Triennial report on the lunatic asylums in the province of Eastern Bengal and Assam - 1903-1911
Year: 1903
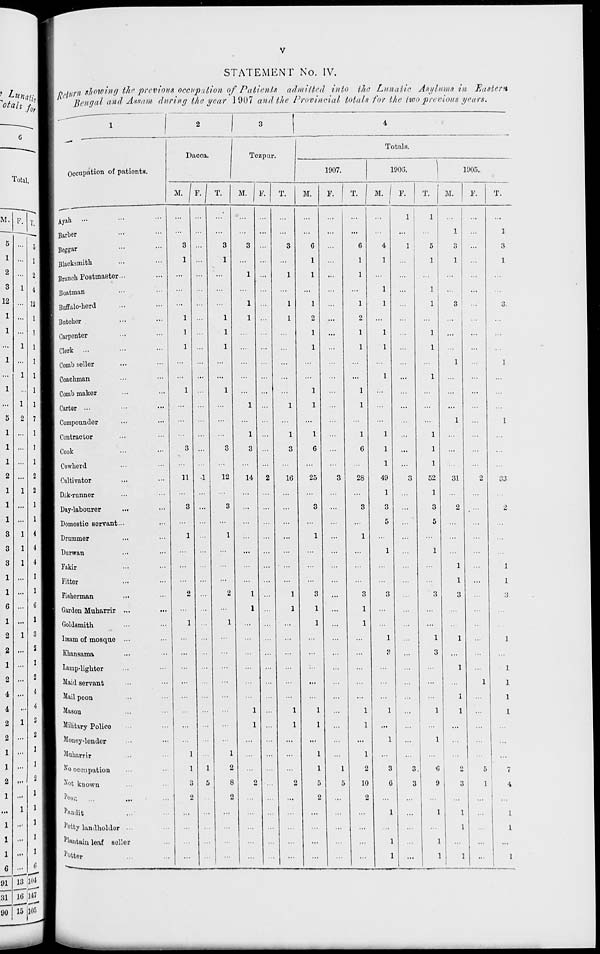
v
STATEMENT No. IV.
Return showing the previous occupation of Patients
admitted into the Lunatic Asylums in Eastern
Bengal and Assam during the year 1907 and the Provincial totals for the two previous years.
1
Occupation of patients.
Ayah ... ... ...
Barber ... ... ...
Beggar ... ... ...
Blacksmith ... ...
Branch Postmaster... ...
Boatman ... ...
Buffalo-herd ... ...
Butcher ... ...
Carpenter ... ...
Clerk ... ...
Comb seller ... ...
Coachman ... ...
Comb maker ... ...
Carter ... ...
Compounder ... ...
Contractor ... ...
Cook ... ...
Cowherd ... ...
Cultivator ... ...
Dâk-runner ... ...
Day-labourer ... ...
Domestic servant... ...
Drummer ... ...
Durwan ... ...
Fakir ... ...
Fitter ... ...
Fisherman ... ...
Garden Muharrir ... ...
Goldsmith ... ...
Imam of mosque ... ...
Khansama ... ...
Lamp-lighter ... ...
Maid servant ... ...
Mail peon ... ...
Mason ... ...
Military Police ... ...
Money-lender ... ...
Muharrir ... ...
No occupation ... ...
Not known ... ...
Peon ... ... ...
Pandit ... ...
Petty landholder ... ...
Plantain leaf seller ...
Potter ... ...
2
Dacca.
M.
...
...
3
1
...
...
...
1
1
1
...
...
1
...
...
...
3
...
11
...
3
...
1
...
...
...
2
...
1
...
...
...
...
...
...
...
...
1
1
3
2
...
...
...
...
F.
...
...
...
...
...
...
...
...
...
...
...
...
...
...
...
...
...
...
1
...
...
...
...
...
...
...
...
...
...
...
...
...
...
...
...
...
...
...
1
5
...
...
...
...
...
T.
...
...
3
1
...
...
...
1
1
1
...
...
1
...
...
...
3
...
12
...
3
...
1
...
...
...
2
...
1
...
...
...
...
...
...
...
...
1
2
8
2
...
...
...
...
3
Tezpur.
M.
...
...
3
...
1
...
1
1
...
...
...
...
...
1
...
1
3
...
14
...
...
...
...
...
...
...
1
1
...
...
...
...
...
...
1
1
...
...
...
2
...
...
...
...
...
F.
...
...
...
...
...
...
...
...
...
...
...
...
...
...
...
...
...
...
2
...
...
...
...
...
...
...
...
...
...
...
...
...
...
...
...
...
...
...
...
...
...
...
...
...
...
T.
...
...
3
...
1
...
1
1
...
...
...
...
...
1
...
1
3
...
16
...
...
...
...
...
...
...
1
1
...
...
...
...
...
...
1
1
...
...
...
2
...
...
...
...
...
4
Totals.
1907.
M.
...
...
6
1
1
...
1
2
1
1
...
...
1
1
...
1
6
...
25
...
3
...
1
...
...
...
3
1
1
...
...
...
...
...
1
1
...
1
1
5
...
...
...
...
...
F.
...
...
...
...
...
...
...
...
...
...
...
...
...
...
...
...
...
...
3
...
...
...
...
...
...
...
...
...
...
...
...
...
...
...
...
...
...
...
1
5
...
...
...
...
...
T.
...
...
6
1
1
...
1
2
1
1
...
...
1
1
...
1
6
...
28
...
3
...
1
...
...
...
3
1
1
...
...
...
...
...
1
1
...
1
2
10
...
...
...
...
...
1906.
M.
...
...
4
1
...
1
1
...
1
1
...
1
...
...
...
1
1
1
49
1
3
5
...
1
...
...
3
...
...
1
3
...
...
...
1
...
1
...
3
6
...
1
...
1
1
F.
1
...
1
...
...
...
...
...
...
...
...
...
...
...
...
...
...
...
3
...
...
...
...
...
...
...
...
...
...
...
...
...
...
...
...
...
...
3
3
...
...
...
...
...
T.
1
...
5
1
...
1
1
1
1
...
1
...
...
...
1
1
1
52
1
3
5
...
1
...
...
3
...
...
1
3
...
...
...
1
...
1
...
6
9
...
1
...
1
1
1905.
M.
...
1
3
1
...
...
3
...
...
...
1
...
...
...
1
...
...
...
31
...
2
...
...
...
1
1
3
...
...
1
...
1
...
1
1
...
...
...
2
3
...
1
1
...
1
F.
...
...
...
...
...
...
...
...
...
...
...
...
...
...
...
...
...
...
2
...
...
...
...
...
...
...
...
...
...
...
...
...
1
...
...
...
...
...
5
1
...
...
...
...
...
T.
...
1
3
1
...
...
3
...
...
...
1
...
...
...
1
...
...
...
33
...
2
...
...
...
1
1
3
...
...
1
...
1
1
1
1
...
...
1
7
4
...
1
1
...
1